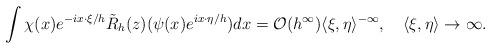
LaTeX: \begin{align*} \int\chi(x)e^{-ix\cdot \xi/h}\Tilde{R}_h(z)(\psi(x)e^{ix\cdot \eta/h})dx=\mathcal{O}(h^\infty)\langle\xi,\eta\rangle^{-\infty}, \quad\langle \xi,\eta\rangle\to\infty.\end{align*}